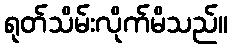
ရုတ်သိမ်းလိုက်မိသည်။